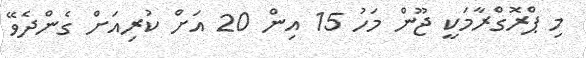
މި ޕްރޮގްރާމަކީ ޖޫން މަހު 15 އިން 20 އަށް ކުރިއަށް ގެންދެވޭ